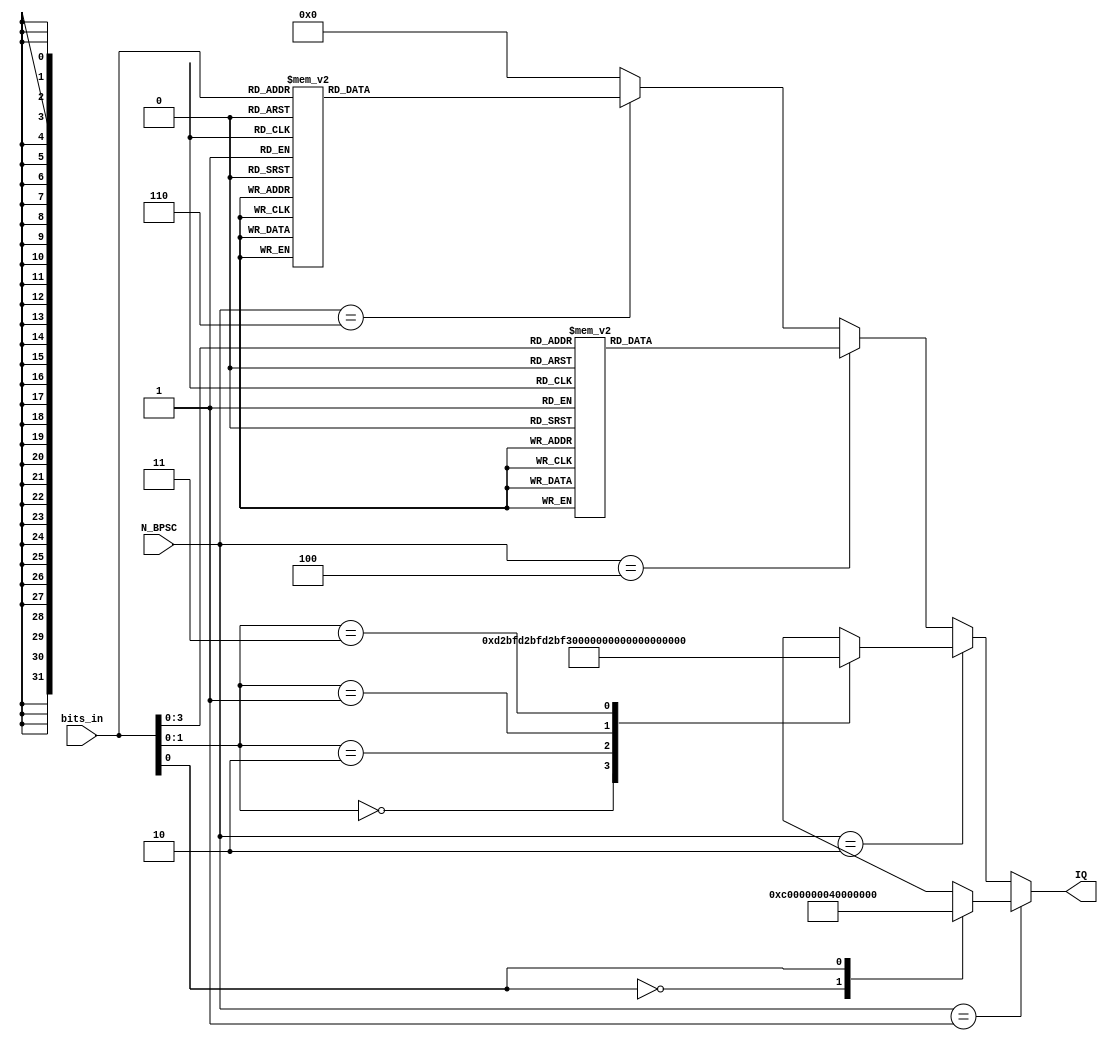
module modulation
(
  input  wire [2:0]  N_BPSC,
  input  wire [5:0]  bits_in,
  output reg  [31:0] IQ
);

// combinatorial logic
always @* begin
	IQ = {16'h0000, 16'h0000};
    // BPSK
    if(N_BPSC == 1) begin
      case(bits_in[0])
        1'b0:	IQ = {16'hC000, 16'h0000};

        1'b1:	IQ = {16'h4000, 16'h0000};
      endcase

    // QPSK
    end else if(N_BPSC == 2) begin
      case(bits_in[1:0])
        2'b00:	IQ = {16'hD2BF, 16'hD2BF};
        2'b10:	IQ = {16'hD2BF, 16'h2D41};

        2'b01:	IQ = {16'h2D41, 16'hD2BF};
        2'b11:	IQ = {16'h2D41, 16'h2D41};
      endcase

    // 16 QAM
    end else if(N_BPSC == 4) begin
      case(bits_in[3:0])
        4'b0000:	IQ = {16'hC349, 16'hC349};
        4'b1000:	IQ = {16'hC349, 16'hEBC3};
        4'b1100:	IQ = {16'hC349, 16'h143D};
        4'b0100:	IQ = {16'hC349, 16'h3CB7};

        4'b0010:	IQ = {16'hEBC3, 16'hC349};
        4'b1010:	IQ = {16'hEBC3, 16'hEBC3};
        4'b1110:	IQ = {16'hEBC3, 16'h143D};
        4'b0110:	IQ = {16'hEBC3, 16'h3CB7};

        4'b0011:	IQ = {16'h143D, 16'hC349};
        4'b1011:	IQ = {16'h143D, 16'hEBC3};
        4'b1111:	IQ = {16'h143D, 16'h143D};
        4'b0111:	IQ = {16'h143D, 16'h3CB7};

        4'b0001:	IQ = {16'h3CB7, 16'hC349};
        4'b1001:	IQ = {16'h3CB7, 16'hEBC3};
        4'b1101:	IQ = {16'h3CB7, 16'h143D};
        4'b0101:	IQ = {16'h3CB7, 16'h3CB7};
      endcase

    // 64 QAM
    end else if(N_BPSC == 6) begin
      case(bits_in[5:0])
        6'b000000:	IQ = {16'hBAE0, 16'hBAE0};
        6'b100000:	IQ = {16'hBAE0, 16'hCEA0};
        6'b110000:	IQ = {16'hBAE0, 16'hE260};
        6'b010000:	IQ = {16'hBAE0, 16'hF620};
        6'b011000:	IQ = {16'hBAE0, 16'h09E0};
        6'b111000:	IQ = {16'hBAE0, 16'h1DA0};
        6'b101000:	IQ = {16'hBAE0, 16'h3160};
        6'b001000:	IQ = {16'hBAE0, 16'h4520};

        6'b000100:	IQ = {16'hCEA0, 16'hBAE0};
        6'b100100:	IQ = {16'hCEA0, 16'hCEA0};
        6'b110100:	IQ = {16'hCEA0, 16'hE260};
        6'b010100:	IQ = {16'hCEA0, 16'hF620};
        6'b011100:	IQ = {16'hCEA0, 16'h09E0};
        6'b111100:	IQ = {16'hCEA0, 16'h1DA0};
        6'b101100:	IQ = {16'hCEA0, 16'h3160};
        6'b001100:	IQ = {16'hCEA0, 16'h4520};

        6'b000110:	IQ = {16'hE260, 16'hBAE0};
        6'b100110:	IQ = {16'hE260, 16'hCEA0};
        6'b110110:	IQ = {16'hE260, 16'hE260};
        6'b010110:	IQ = {16'hE260, 16'hF620};
        6'b011110:	IQ = {16'hE260, 16'h09E0};
        6'b111110:	IQ = {16'hE260, 16'h1DA0};
        6'b101110:	IQ = {16'hE260, 16'h3160};
        6'b001110:	IQ = {16'hE260, 16'h4520};

        6'b000010:	IQ = {16'hF620, 16'hBAE0};
        6'b100010:	IQ = {16'hF620, 16'hCEA0};
        6'b110010:	IQ = {16'hF620, 16'hE260};
        6'b010010:	IQ = {16'hF620, 16'hF620};
        6'b011010:	IQ = {16'hF620, 16'h09E0};
        6'b111010:	IQ = {16'hF620, 16'h1DA0};
        6'b101010:	IQ = {16'hF620, 16'h3160};
        6'b001010:	IQ = {16'hF620, 16'h4520};

        6'b000011:	IQ = {16'h09E0, 16'hBAE0};
        6'b100011:	IQ = {16'h09E0, 16'hCEA0};
        6'b110011:	IQ = {16'h09E0, 16'hE260};
        6'b010011:	IQ = {16'h09E0, 16'hF620};
        6'b011011:	IQ = {16'h09E0, 16'h09E0};
        6'b111011:	IQ = {16'h09E0, 16'h1DA0};
        6'b101011:	IQ = {16'h09E0, 16'h3160};
        6'b001011:	IQ = {16'h09E0, 16'h4520};

        6'b000111:	IQ = {16'h1DA0, 16'hBAE0};
        6'b100111:	IQ = {16'h1DA0, 16'hCEA0};
        6'b110111:	IQ = {16'h1DA0, 16'hE260};
        6'b010111:	IQ = {16'h1DA0, 16'hF620};
        6'b011111:	IQ = {16'h1DA0, 16'h09E0};
        6'b111111:	IQ = {16'h1DA0, 16'h1DA0};
        6'b101111:	IQ = {16'h1DA0, 16'h3160};
        6'b001111:	IQ = {16'h1DA0, 16'h4520};

        6'b000101:	IQ = {16'h3160, 16'hBAE0};
        6'b100101:	IQ = {16'h3160, 16'hCEA0};
        6'b110101:	IQ = {16'h3160, 16'hE260};
        6'b010101:	IQ = {16'h3160, 16'hF620};
        6'b011101:	IQ = {16'h3160, 16'h09E0};
        6'b111101:	IQ = {16'h3160, 16'h1DA0};
        6'b101101:	IQ = {16'h3160, 16'h3160};
        6'b001101:	IQ = {16'h3160, 16'h4520};

        6'b000001:	IQ = {16'h4520, 16'hBAE0};
        6'b100001:	IQ = {16'h4520, 16'hCEA0};
        6'b110001:	IQ = {16'h4520, 16'hE260};
        6'b010001:	IQ = {16'h4520, 16'hF620};
        6'b011001:	IQ = {16'h4520, 16'h09E0};
        6'b111001:	IQ = {16'h4520, 16'h1DA0};
        6'b101001:	IQ = {16'h4520, 16'h3160};
        6'b001001:	IQ = {16'h4520, 16'h4520};
      endcase
    end
end
endmodule